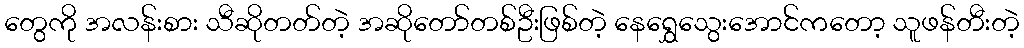
တွေကို အလန်းစား သီဆိုတတ်တဲ့ အဆိုတော်တစ်ဦးဖြစ်တဲ့ နေရွှေသွေးအောင်ကတော့ သူဖန်တီးတဲ့